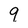
Character: 9